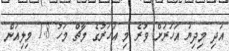
އަދި މިދިޔަ އަހަރަށް ވުރެ މި އަހަރުގެ މާޗް މަހު 1.8 މިލިއަން